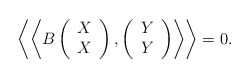
\begin{align*}\left\langle \left\langle B\left(\begin{array}{c}X \\X\end{array}\right) ,\left(\begin{array}{c}Y \\Y\end{array}\right) \right\rangle \right\rangle =0.\end{align*}